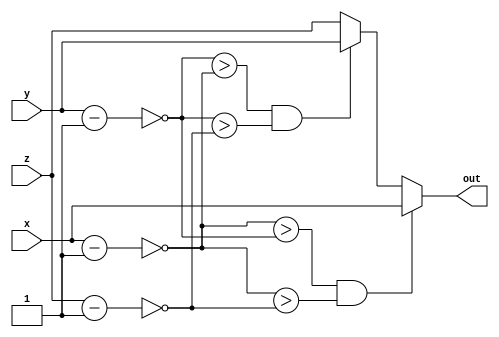
module comparator2(x,y,z,out);
    input [7:0] x,y,z;
    output reg [7:0] out;
    wire [7:0] x1,y1,z1;
    
    initial begin
        out = 8'h00;
    end
    
    assign x1 = ~(x - 8'b00000001);
    assign y1 = ~(y - 8'b00000001);
    assign z1 = ~(z - 8'b00000001);

 
    always @ (x,y,z)
    begin
        if ((x1 > y1) & (x1 > z1))
            out = x;
        else if ((y1 > x1) & (y1 > z1))
            out = y;
        else
            out = z;
    end
    
endmodule